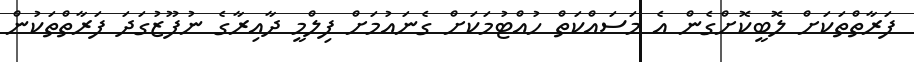
ފަރާތްތަކަށް ލޮބީކޮށްގެން އެ މަސައްކަތް ހުއްޓުމަކަށް ގެނައުމަށް ފިލްމީ ދާއިރާގެ ނުފޫޒުގަދަ ފަރާތްތަކުން